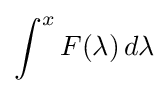
\int ^{x}F(\lambda )\,d\lambda